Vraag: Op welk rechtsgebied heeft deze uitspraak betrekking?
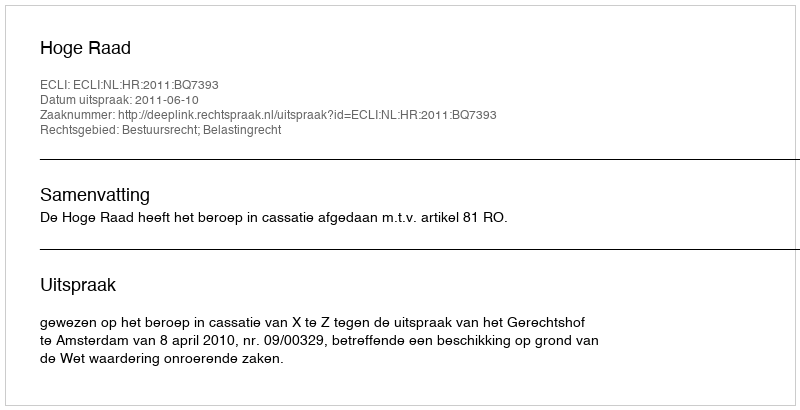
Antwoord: Bestuursrecht; Belastingrecht